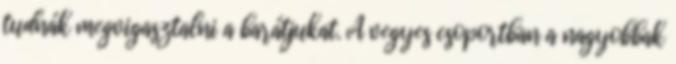
tudnák megvigasztalni a barátjukat. A vegyes csoportban a nagyobbak